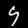
Digit: 9